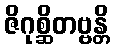
ဇိဂုစ္ဆိတဗ္ဗန္တိ